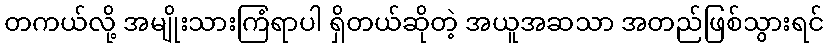
တကယ်လို့ အမျိုးသားကြံရာပါ ရှိတယ်ဆိုတဲ့ အယူအဆသာ အတည်ဖြစ်သွားရင်